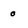
Character: 0